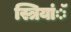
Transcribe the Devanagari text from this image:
स्त्रियांॅ